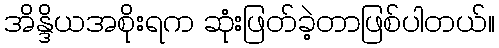
အိန္ဒိယအစိုးရက ဆုံးဖြတ်ခဲ့တာဖြစ်ပါတယ်။